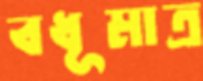
বধূমাত্র